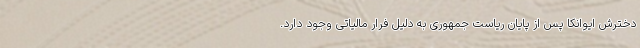
دخترش ایوانکا پس از پایان ریاست جمهوری به دلیل فرار مالیاتی وجود دارد.